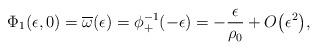
LaTeX: \begin{gather*}\Phi_1(\epsilon,0)=\overline{\omega}(\epsilon)=\phi_+^{-1}(-\epsilon)=-\frac{\epsilon}{\rho_0}+O\big(\epsilon^2\big),\end{gather*}